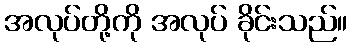
အလုပ်တို့ကို အလုပ် ခိုင်းသည်။